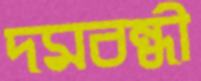
দমবন্ধী